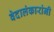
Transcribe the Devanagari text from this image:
वेदालंकारांनी